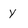
Character: y